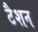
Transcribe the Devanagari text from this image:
टैशन